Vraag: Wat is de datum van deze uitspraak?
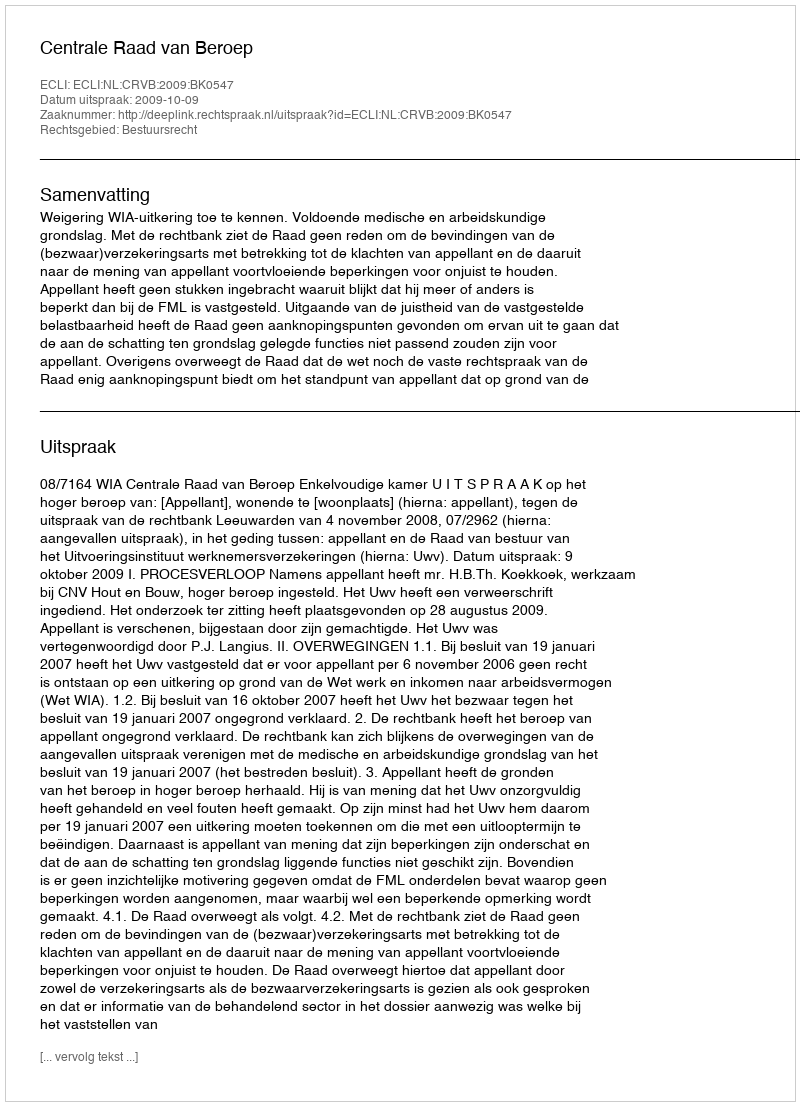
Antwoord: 2009-10-09